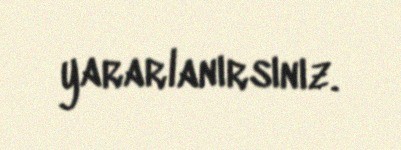
yararlanırsınız.